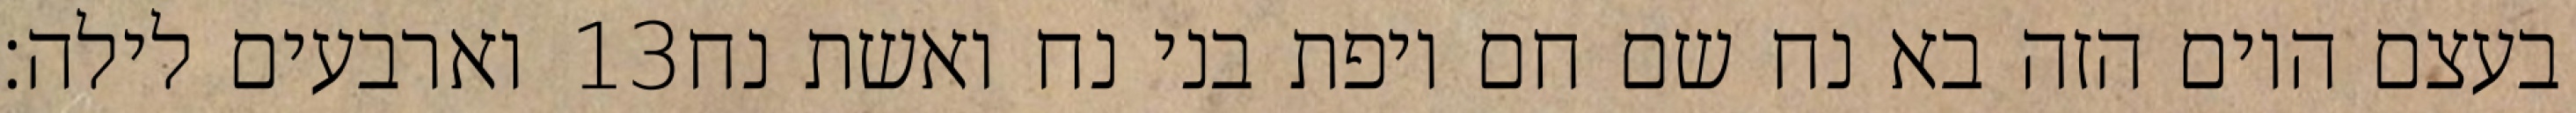
וארבעים לילה׃ ‎13‏ בעצם היום הזה בא נח שם חם ויפת בני נח ואשת נח